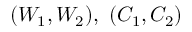
( W _ { 1 } , W _ { 2 } ) , ~ ( C _ { 1 } , C _ { 2 } )